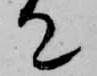
て